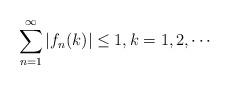
LaTeX: \begin{align*}\sum_{n=1}^{\infty}|f_{n}(k)|\leq 1, k=1,2,\cdots\end{align*}